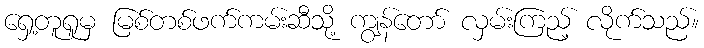
ရှေ့တူရူမှ မြစ်တစ်ဖက်ကမ်းဆီသို့ ကျွန်တော် လှမ်းကြည့် လိုက်သည်။